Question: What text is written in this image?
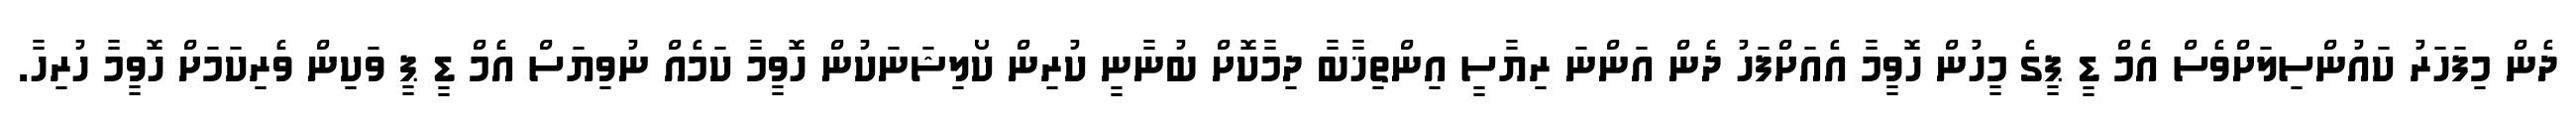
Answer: ދެން މިފަހަރު ކައުންސިލަށްވެސް އެމް ޑީ ޕީގެ މީހުން ހޮވީމާ އެއަށްފަހު ދެން އަންނަ ރިޔާސީ އިންތިޚާބާ ދިމާކޮށް ބުނާނީ ކުރިން ކޯލިޝަނަކުން ހޮވީމާ ކަމެއް ނުވިޔަސް އެމް ޑީ ޕީ ވަކިން ވެރިކަމަށް ހޮވީމާ ހުރިހާ.